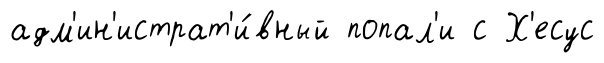
адм'ин'истрат'и́вный попал'и с Х'есус